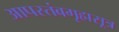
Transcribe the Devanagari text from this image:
आपस्तंबगृह्मसूत्र